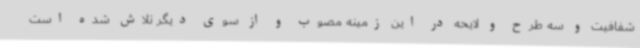
شفافیت و سه طرح و لایحه در این زمینه مصوب و از سوی دیگر تلاش شده است